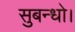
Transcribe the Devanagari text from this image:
सुबन्‍धो।